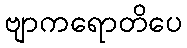
ဗျာကရောတိပေ